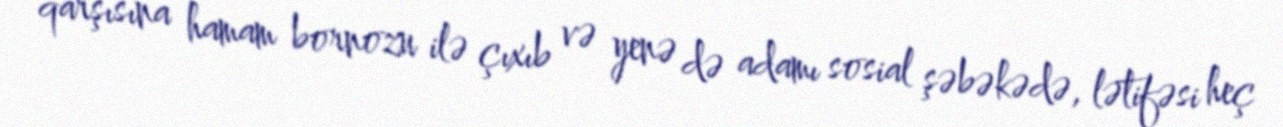
qarşısına hamam bornozu ilə çıxıb və yenə də adamı sosial şəbəkədə, lətifəsi heç